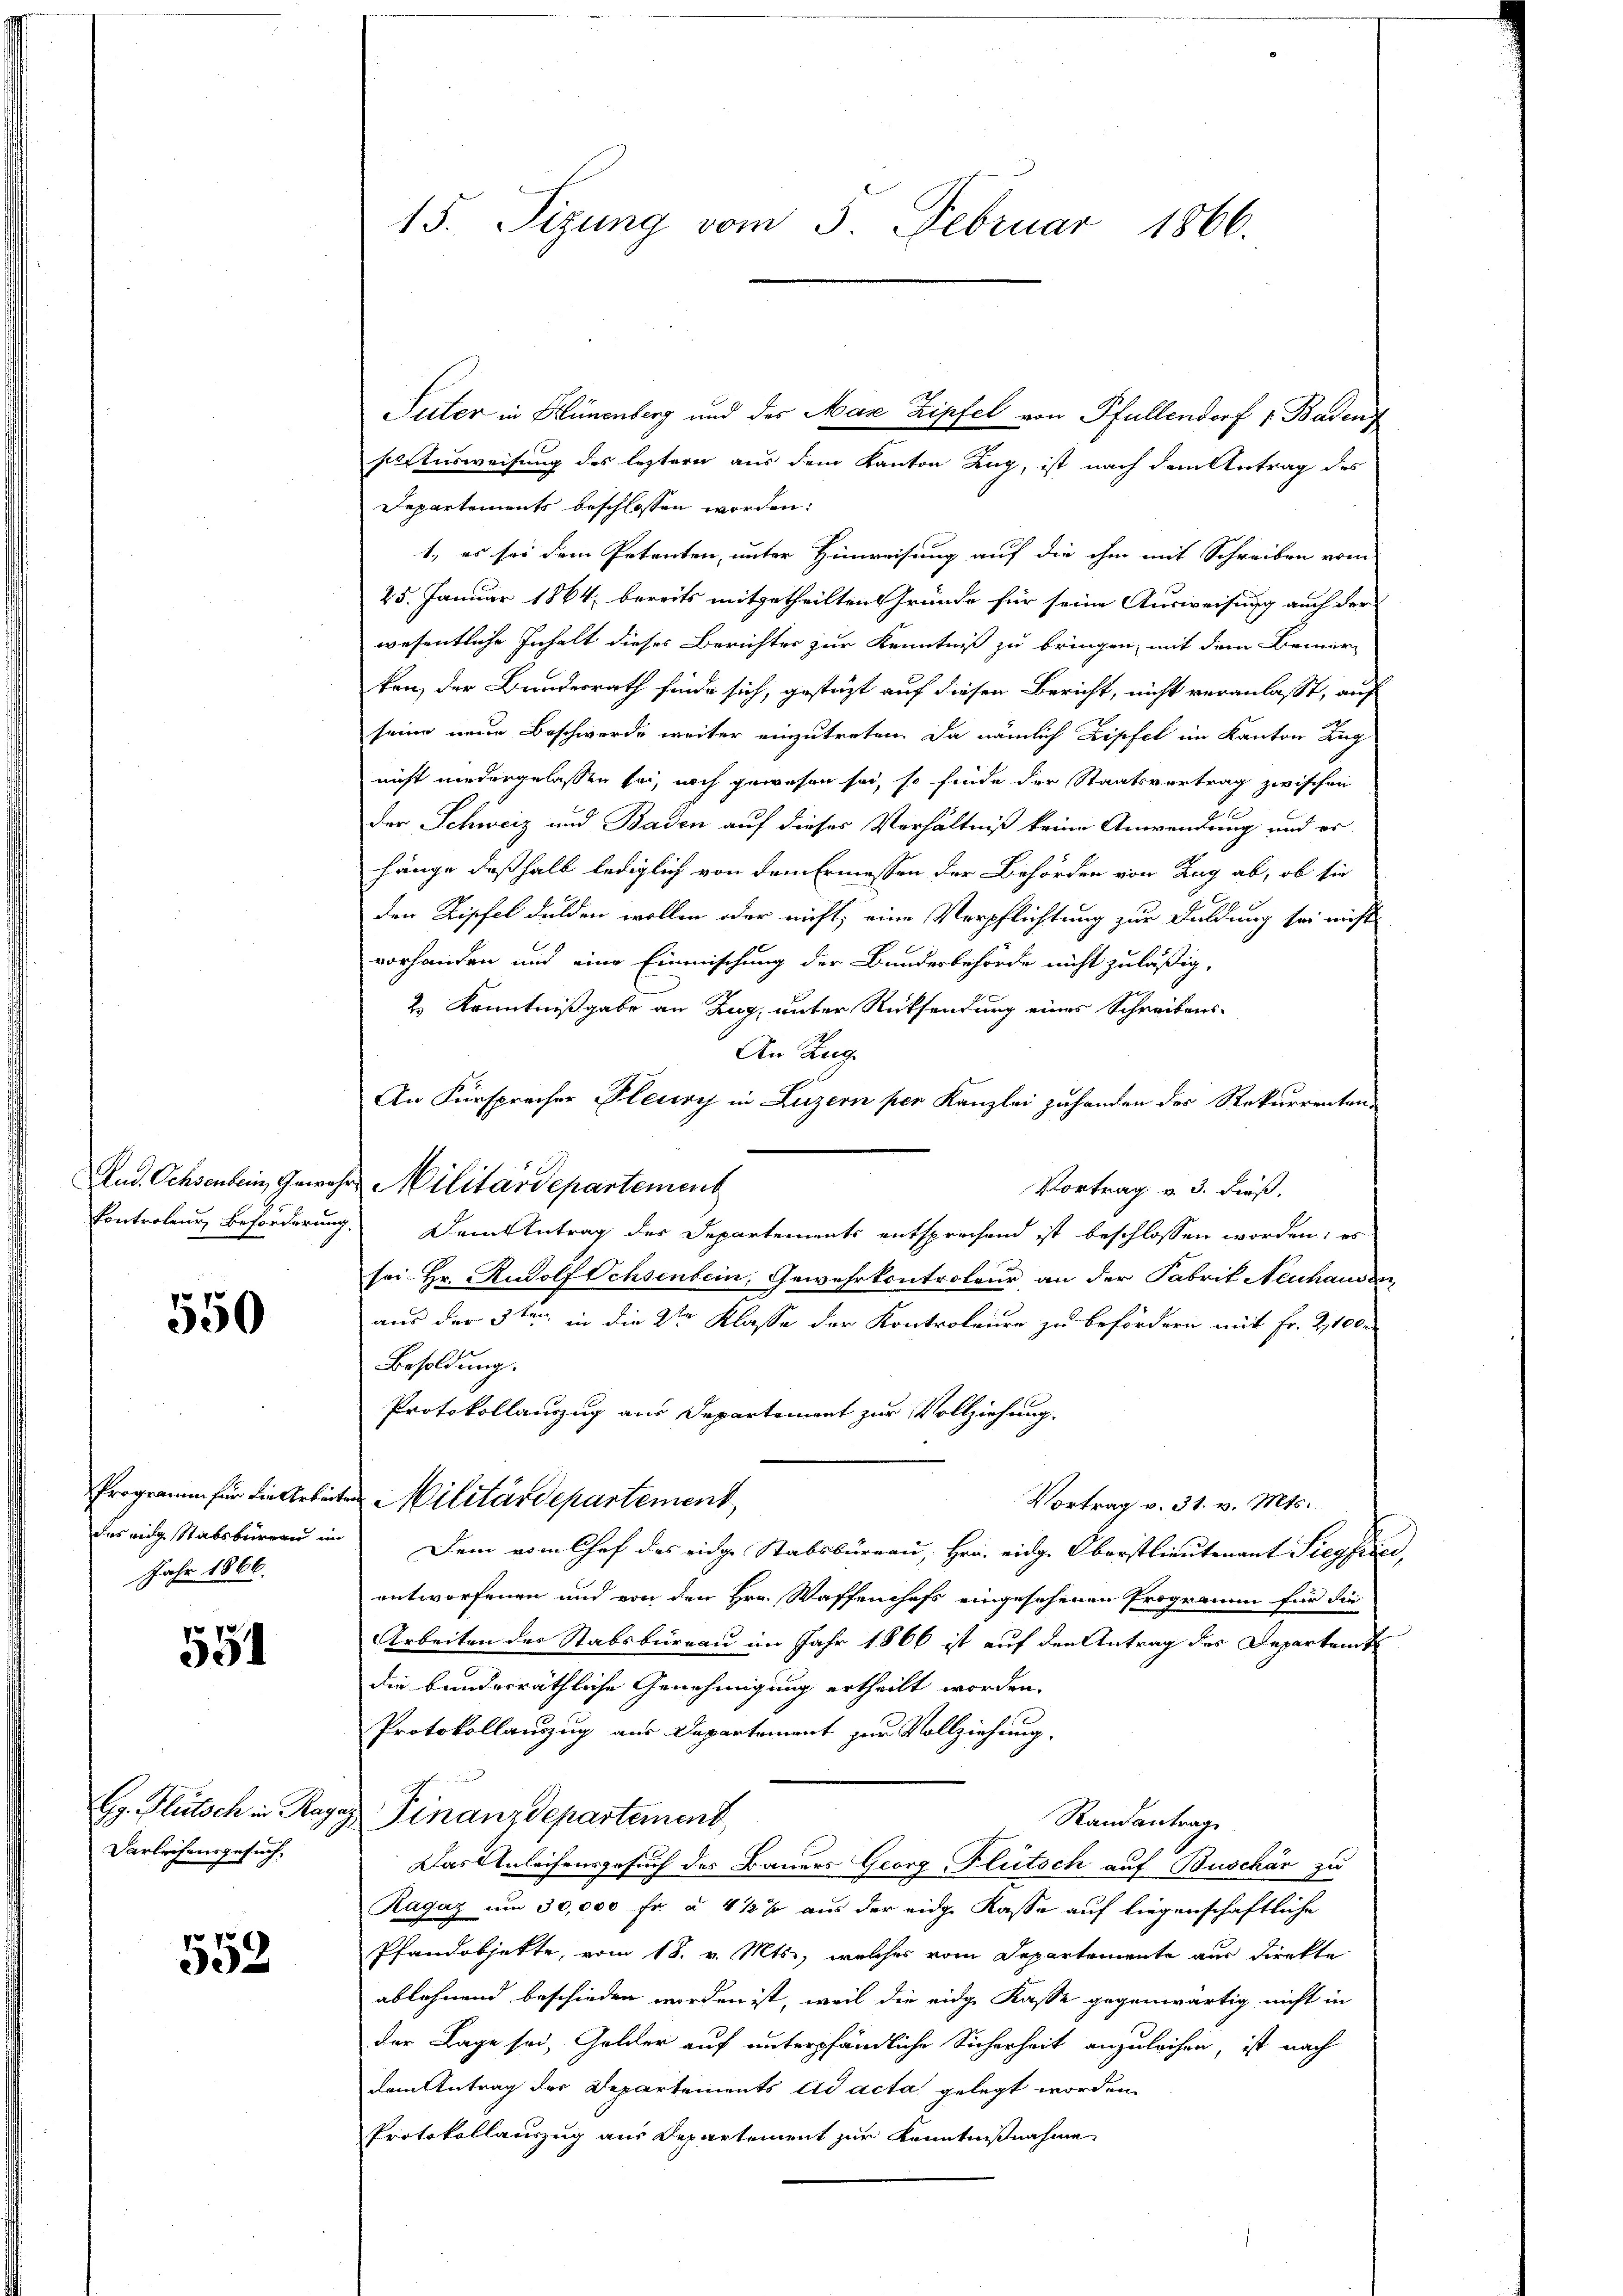
550

das eidg Stabsbureau im
Jahr 1866.

551

H. Blutsch in Ragaz
Darleihensgesuch,

552

15. Sizung vom 5. Februar 1866.

soactusweisung des leztern aus dem Kanton Zug, ist nach dem Antrag des
Departements beschlossen worden:
1., es sei dem Petenten, unter Hinweisung auf die ihm mit Schreiben vom
25. Januar 1864, bereits mitgetheilten Gründe für seine Ausweisung auch der
wesentliche Inhalt dieses Berichter zur Kenntniß zu bringen, mit dem Bemer-
ken, der Bundesrath finde sich, gestützt auf diesen Bericht, nicht veranlasst, auf
seine neue Beschwerde weiter einzutreten. Da nämlich Zipfel im Kanton Tag
nicht niedergelassen sei, noch gewesen sei, so finde der Staatsvertrag zwischen
der Schweiz und Baden auf dieses Verhältniß keine Anwendung und erhänge deßhalb lediglich von dem Ermessen der Behörden von Zug ab, ob sie
den Zipfel dulden wollen oder nicht; eine Verpflichtung zur Duldung sei nicht
vorhanden und eine Einmischung der Bundesbehörde nicht zuläßig,
2.) Kenntnißgabe an Zug, unter Rücksendung eines Schreibens¬
An Zug.
An Fürsprecher Pleury in Luzern per Kanzlei zuhanden der Rekurrenten-
Vortrag v. 3. dieß.
Controleur Beförderung. Dem Antrag des Departements entsprechend ist beschlossen worden; es
sei Hr. Rudolf Ochsenbein, Gewehrkontroleur an der Fabrit Neuhausen
aus der 3ten in die der Klasse der Kontroleure zu befördern mit Fr. 2100
Besoldung.
Protokollauszug aus Departement zur Vollziehung.
Programm für die Arbeiten Militärdepartement
Vortrag v. 31. v. Mts.
Dem vom Chef des eidge Stabsbureau, Hrn. eidg. Oberstlieutenant Siegfrei,
entworfenen und von den Hrn. Waffenchefs eingesehenen Programm für die
Arbeiten des Stabsbureau im Jahr 1866 ist auf den Antrag des Departent
die bundesräthliche Genehmigung ertheilt worden.
Protokollanzug aus Departement zur Vollziehung.
 Finanzdepartement,
Randantrag
Das Anleihensgesuch des Bauers Georg Flütsch auf Buschär zu
Ragaz um 30,000 fr à 4 1/2 % aus der eidge Kasse auf liegenschaftliche
Pfandobjekte, vom 18. v. Mts., welches vom Departemente aus direkte
ablehnend beschieden worden ist, weil die eidge Kasse gegenwärtig nicht in
der Lage sei, Gelder auf unterpfändliche Sicherheit anzuleihen, ist nach
dem Antrag der Departements ad acta gelegt worden.
Protokollauszug aus Departement zur Kenntnißnahme

And. Ochsenbein, Gewahre Militärdepartement

Suter in Hünenberg und des Max Zipfel von Pfullendorf 1. Badenf